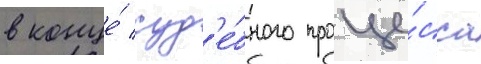
в конце́ суд'е́бного проце́сса